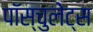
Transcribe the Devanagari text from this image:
पॉस्चुलेट्स